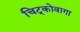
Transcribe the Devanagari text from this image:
चिट्कोवागा